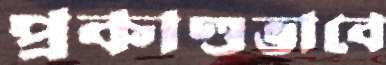
প্রকাণ্ডভাবে